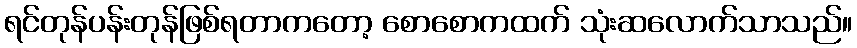
ရင်တုန်ပန်းတုန်ဖြစ်ရတာကတော့ စောစောကထက် သုံးဆလောက်သာသည်။